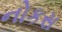
નોકસ